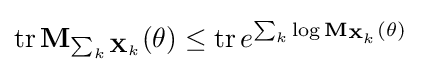
\operatorname {tr} \mathbf {M} _{\sum _{k}\mathbf {X} _{k}}(\theta )\leq \operatorname {tr} e^{\sum _{k}\log \mathbf {M} _{\mathbf {X} _{k}}(\theta )}